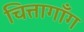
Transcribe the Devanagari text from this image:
चित्तागाँग